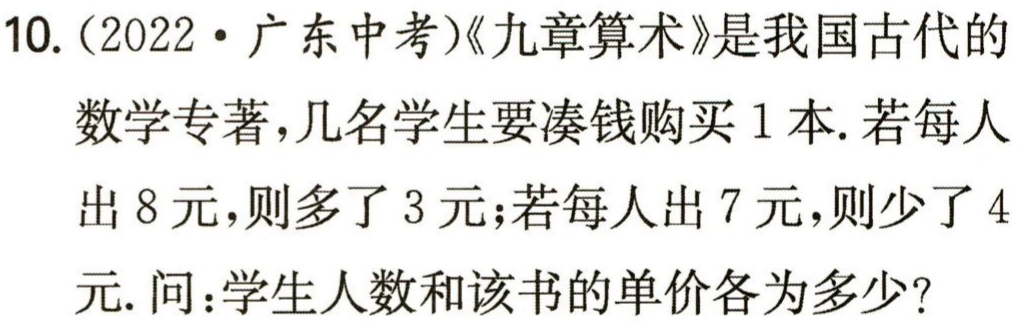
10.（2022·广东中考）《九章算术》是我国古代的数学专著，几名学生要凑钱购买1本. 若每人出8元，则多了3元；若每人出7元，则少了4元. 问：学生人数和该书的单价各为多少？